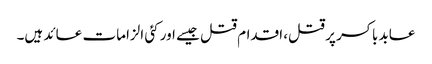
عابد باکسر پر قتل، اقدام قتل جیسے اور کئی الزامات عائد ہیں۔